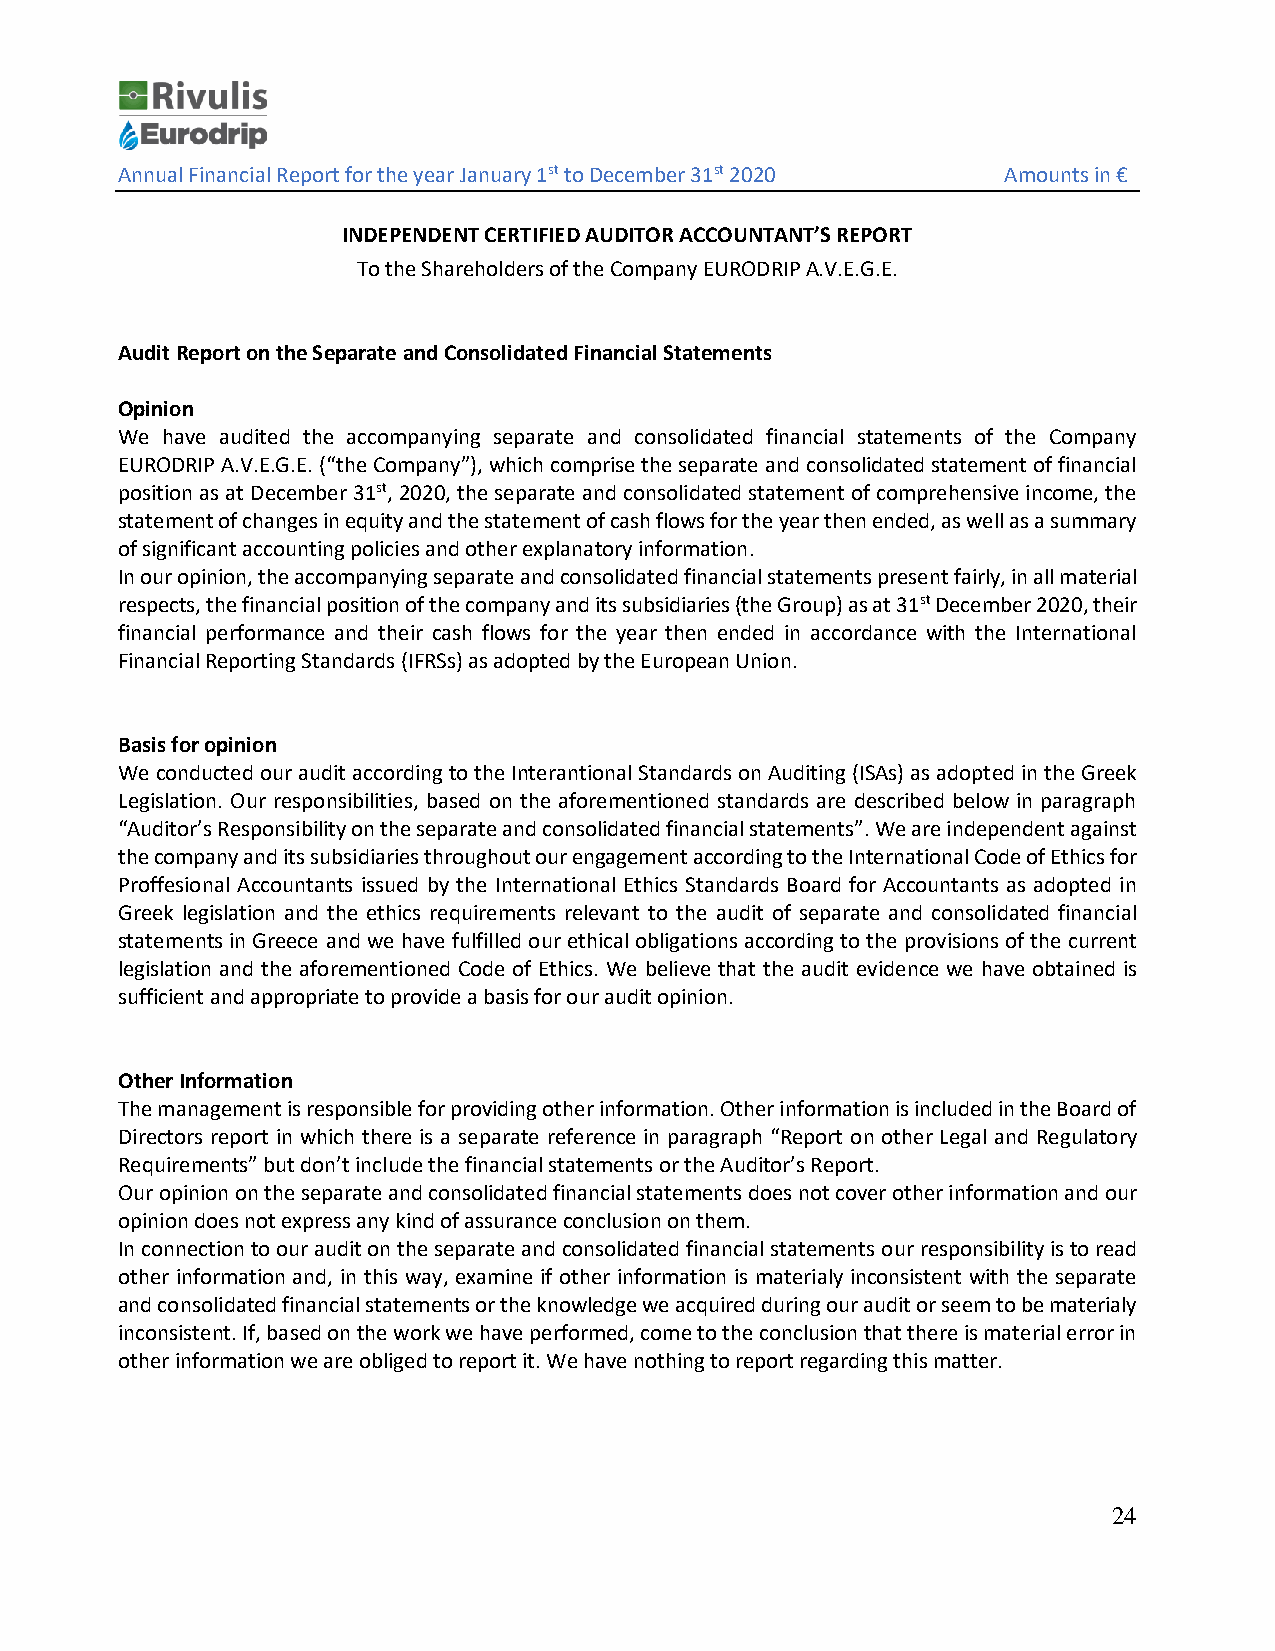
Annual Financial Report for the year January 1st to December 31st 2020 Amounts in €
 INDEPENDENT CERTIFIED AUDITOR ACCOUNTANT’S REPORT
 To the Shareholders of the Company EURODRIP A.V.E.G.E.
 Audit Report on the Separate and Consolidated Financial Statements
 Opinion
 We have audited the accompanying separate and consolidated financial statements of the Company
 EURODRIP A.V.E.G.E. (“the Company”), which comprise the separate and consolidated statement of financial
 position as at December 31st, 2020, the separate and consolidated statement of comprehensive income, the
 statement of changes in equity and the statement of cash flows for the year then ended, as well as a summary
 of significant accounting policies and other explanatory information.
 In our opinion, the accompanying separate and consolidated financial statements present fairly, in all material
 respects, the financial position of the company and its subsidiaries (the Group) as at 31st December 2020, their
 financial performance and their cash flows for the year then ended in accordance with the International
 Financial Reporting Standards (IFRSs) as adopted by the European Union.
 Basis for opinion
 We conducted our audit according to the Interantional Standards on Auditing (ISAs) as adopted in the Greek
 Legislation. Our responsibilities, based on the aforementioned standards are described below in paragraph
 “Auditor’s Responsibility on the separate and consolidated financial statements”. We are independent against
 the company and its subsidiaries throughout our engagement according to the International Code of Ethics for
 Proffesional Accountants issued by the International Ethics Standards Board for Accountants as adopted in
 Greek legislation and the ethics requirements relevant to the audit of separate and consolidated financial
 statements in Greece and we have fulfilled our ethical obligations according to the provisions of the current
 legislation and the aforementioned Code of Ethics. We believe that the audit evidence we have obtained is
 sufficient and appropriate to provide a basis for our audit opinion.
 Other Information
 The management is responsible for providing other information. Other information is included in the Board of
 Directors report in which there is a separate reference in paragraph “Report on other Legal and Regulatory
 Requirements” but don’t include the financial statements or the Auditor’s Report.
 Our opinion on the separate and consolidated financial statements does not cover other information and our
 opinion does not express any kind of assurance conclusion on them.
 In connection to our audit on the separate and consolidated financial statements our responsibility is to read
 other information and, in this way, examine if other information is materialy inconsistent with the separate
 and consolidated financial statements or the knowledge we acquired during our audit or seem to be materialy
 inconsistent. If, based on the work we have performed, come to the conclusion that there is material error in
 other information we are obliged to report it. We have nothing to report regarding this matter.
 24